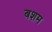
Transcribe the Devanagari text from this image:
बशम